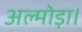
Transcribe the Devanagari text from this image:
अल्मोड़ा।